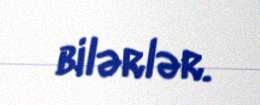
bilərlər.